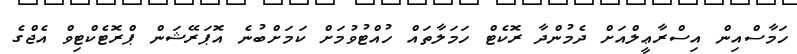
ހަމާސްއިން އިސްރާޢީލްއަށް ދެމުންދާ ރޮކެޓް ހަމަލާތައް ހުއްޓުވުމަށް ކަމަށްބުނެ އޮޕަރޭޝަން ޕްރޮޓެކްޓިވް އެޖްގެ